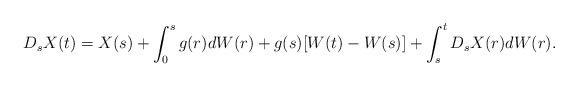
LaTeX: \begin{align*}D_sX(t) = X(s) + \int_0^s g(r) dW(r) + g(s)[ W(t) - W(s)] + \int_s^t D_sX(r) dW(r).\end{align*}